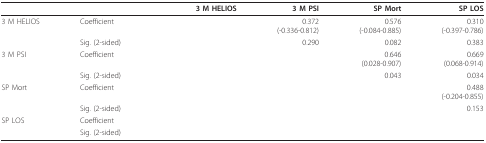
|  |  | 3 M HELIOS | 3 M PSI | SP Mort | SP LOS |
 | --- | --- | --- | --- | --- | --- |
 | 3 M HELIOS | Coefficient |  | 0.372(-0.336-0.812) | 0.576(-0.084-0.885) | 0.310(-0.397-0.786) |
 |  | Sig. (2-sided) |  | 0.290 | 0.082 | 0.383 |
 | 3 M PSI | Coefficient |  |  | 0.646(0.028-0.907) | 0.669(0.068-0.914) |
 |  | Sig. (2-sided) |  |  | 0.043 | 0.034 |
 | SP Mort | Coefficient |  |  |  | 0.488(-0.204-0.855) |
 |  | Sig. (2-sided) |  |  |  | 0.153 |
 | SP LOS | Coefficient |  |  |  |  |
 |  | Sig. (2-sided) |  |  |  |  |